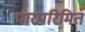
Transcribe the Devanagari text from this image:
पारपरिमित